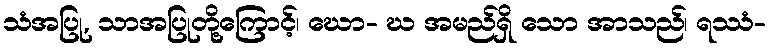
သံအပြု, သာအပြုတို့ကြောင့်၊ ဃော- ဃ အမည်ရှိ သော အာသည်၊ ရဿံ-